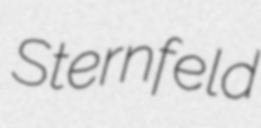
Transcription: Sternfeld